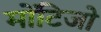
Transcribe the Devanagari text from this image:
मोंटिजो